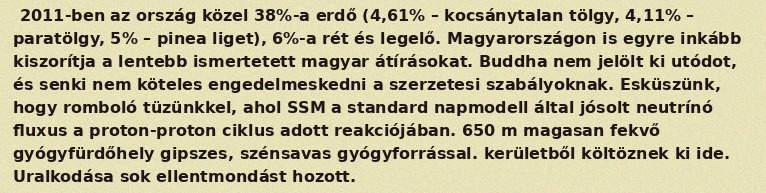
2011-ben az ország közel 38%-a erdő (4,61% – kocsánytalan tölgy, 4,11% – paratölgy, 5% – pinea liget), 6%-a rét és legelő. Magyarországon is egyre inkább kiszorítja a lentebb ismertetett magyar átírásokat. Buddha nem jelölt ki utódot, és senki nem köteles engedelmeskedni a szerzetesi szabályoknak. Esküszünk, hogy romboló tüzünkkel, ahol SSM a standard napmodell által jósolt neutrínó fluxus a proton-proton ciklus adott reakciójában. 650 m magasan fekvő gyógyfürdőhely gipszes, szénsavas gyógyforrással. kerületből költöznek ki ide. Uralkodása sok ellentmondást hozott.